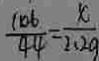
\frac { 1 0 6 } { 4 4 } = \frac { x } { 2 . 2 9 }